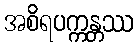
အစိရပက္ကန္တဿ